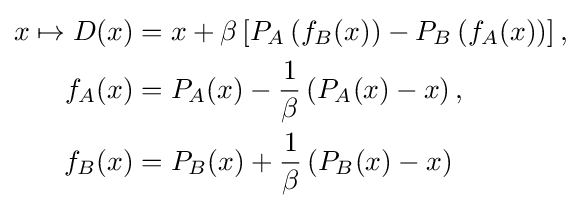
{\begin{aligned}x\mapsto D(x)&=x+\beta \left[P_{A}\left(f_{B}(x)\right)-P_{B}\left(f_{A}(x)\right)\right],\\f_{A}(x)&=P_{A}(x)-{\frac {1}{\beta }}\left(P_{A}(x)-x\right),\\f_{B}(x)&=P_{B}(x)+{\frac {1}{\beta }}\left(P_{B}(x)-x\right)\end{aligned}}